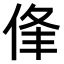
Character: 𠉏